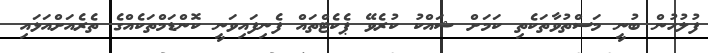
ފުލުހުން ބުނީ މަސްތުވާތަކެތި ކަމަށް ޝައްކު ކުރެވޭ ޕެކެޓްތައް ފެނިފައިވަނީ ކޮންޑަމްތަކެއްގެ ތެރެއަށްއަޅައި